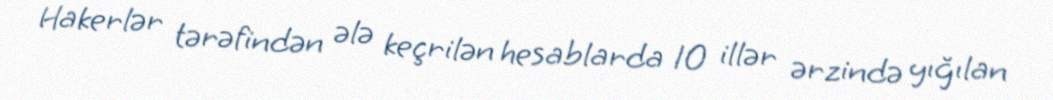
Hakerlər tərəfindən ələ keçrilən hesablarda 10 illər ərzində yığılan